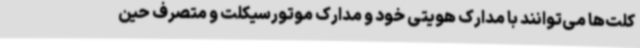
کلت‌ها می‌توانند با مدارک هویتی خود و مدارک موتورسیکلت و متصرف حین